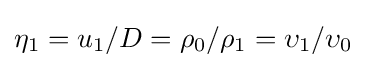
\eta _{1}=u_{1}/D=\rho _{0}/\rho _{1}=\upsilon _{1}/\upsilon _{0}